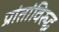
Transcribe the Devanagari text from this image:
प्रांतांविरुद्ध